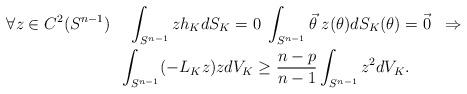
LaTeX: \begin{align*} \forall z \in C^2(S^{n-1}) \;\; & \;\; \int_{S^{n-1}} z h_K dS_K = 0 \; \int_{S^{n-1}} \vec{\theta} \; z(\theta) dS_K(\theta) = \vec{0} \;\; \Rightarrow \\ & \int_{S^{n-1}} (-L_K z) z dV_K \geq \frac{n-p}{n-1} \int_{S^{n-1}} z^2 dV_K .\end{align*}